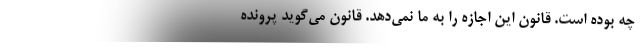
چه بوده است. قانون این اجازه را به ما نمی‌دهد. قانون می‌گوید پرونده